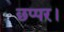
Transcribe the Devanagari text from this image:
छप्पर।